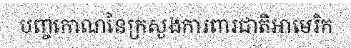
បញ្ចកោណនៃក្រសួងការពារជាតិអាមេរិក